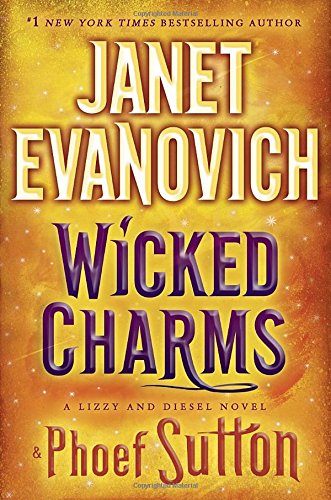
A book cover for Wicked Charms (Lizzy & Diesel); Janet Evanovich; Mystery, Thriller & Suspense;